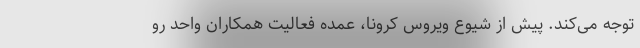
توجه می‌کند. پيش از شیوع ویروس كرونا، عمده فعاليت همكاران واحد رو